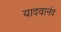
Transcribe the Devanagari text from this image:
यादवानंद